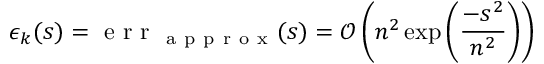
\epsilon _ { k } ( s ) = \mathrm { ~ e ~ r ~ r ~ } _ { \mathrm { ~ a ~ p ~ p ~ r ~ o ~ x ~ } } ( s ) = \mathcal { O } \left( n ^ { 2 } \exp \left( \frac { - s ^ { 2 } } { n ^ { 2 } } \right) \right)